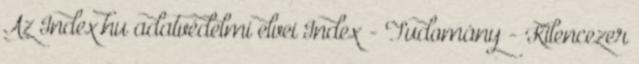
Az Index.hu adatvédelmi elvei Index - Tudomány - Kilencezer